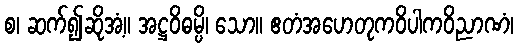
စ၊ ဆက်၍ဆိုအံ့။ အဋ္ဌဝိဓမ္ပိ၊ သော။ ဧတံအဟေတုကဝိပါကဝိညာဏံ၊